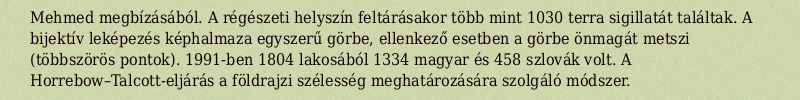
Mehmed megbízásából. A régészeti helyszín feltárásakor több mint 1030 terra sigillatát találtak. A bijektív leképezés képhalmaza egyszerű görbe, ellenkező esetben a görbe önmagát metszi (többszörös pontok). 1991-ben 1804 lakosából 1334 magyar és 458 szlovák volt. A Horrebow–Talcott-eljárás a földrajzi szélesség meghatározására szolgáló módszer.